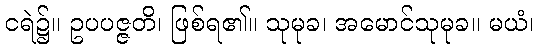
ငရဲ၌။ ဥပပဇ္ဇတိ၊ ဖြစ်ရ၏။ သုမုခ၊ အမောင်သုမုခ။ မယံ၊